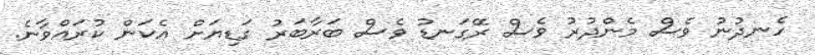
ހެނދުނު ވެސް މެންދުރު ވެސް ރޭގަނޑު ވެސް ބަރާބަރު ގަޑިޔަށް އެކަން ކުރައްވާނެ.